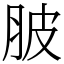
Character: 䏢